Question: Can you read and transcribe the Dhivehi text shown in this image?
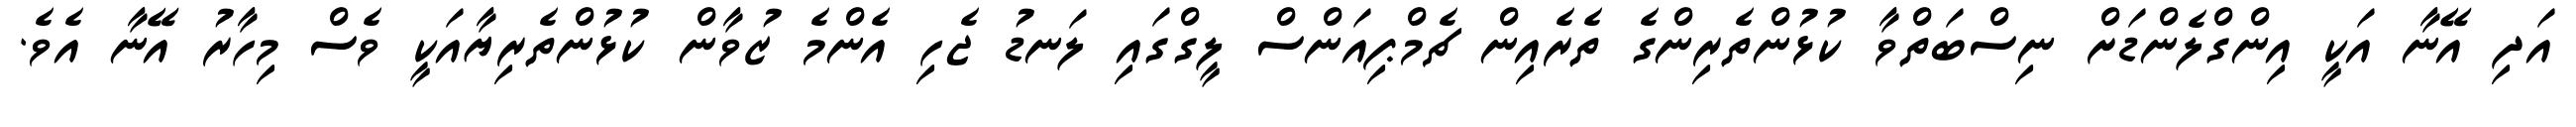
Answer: އަދި އޭނާ އަކީ އިންގްލެންޑަށް ނިސްބަތްވާ ކުޅުންތެރިންގެ ތެރެއިން ޗެމްޕިއަންސް ލީގްގައި ލަނޑު ޖެހި އެންމެ ޒުވާން ކުޅުންތެރިޔާއަކީ ވެސް މިހާރު އޭނާ އެވެ.